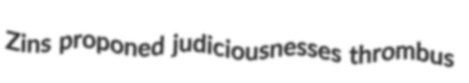
Zins proponed judiciousnesses thrombus